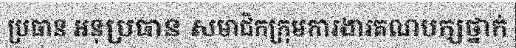
ប្រធាន អនុប្រធាន សមាជិកក្រុមការងារគណបក្សថ្នាក់